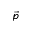
\vec { p }